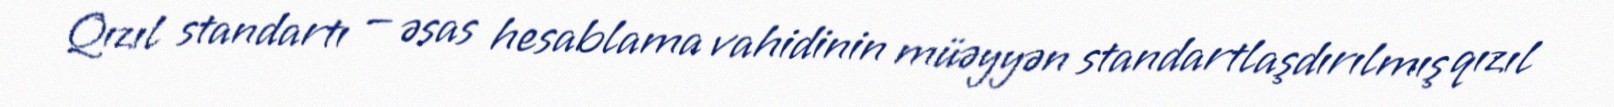
Qızıl standartı — əsas hesablama vahidinin müəyyən standartlaşdırılmış qızıl